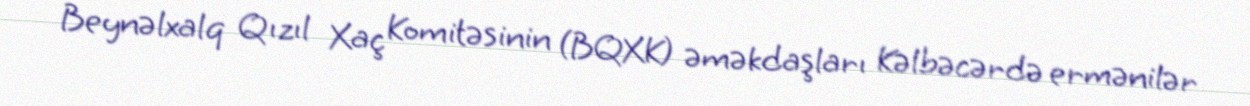
Beynəlxalq Qızıl Xaç Komitəsinin (BQXK) əməkdaşları Kəlbəcərdə ermənilər